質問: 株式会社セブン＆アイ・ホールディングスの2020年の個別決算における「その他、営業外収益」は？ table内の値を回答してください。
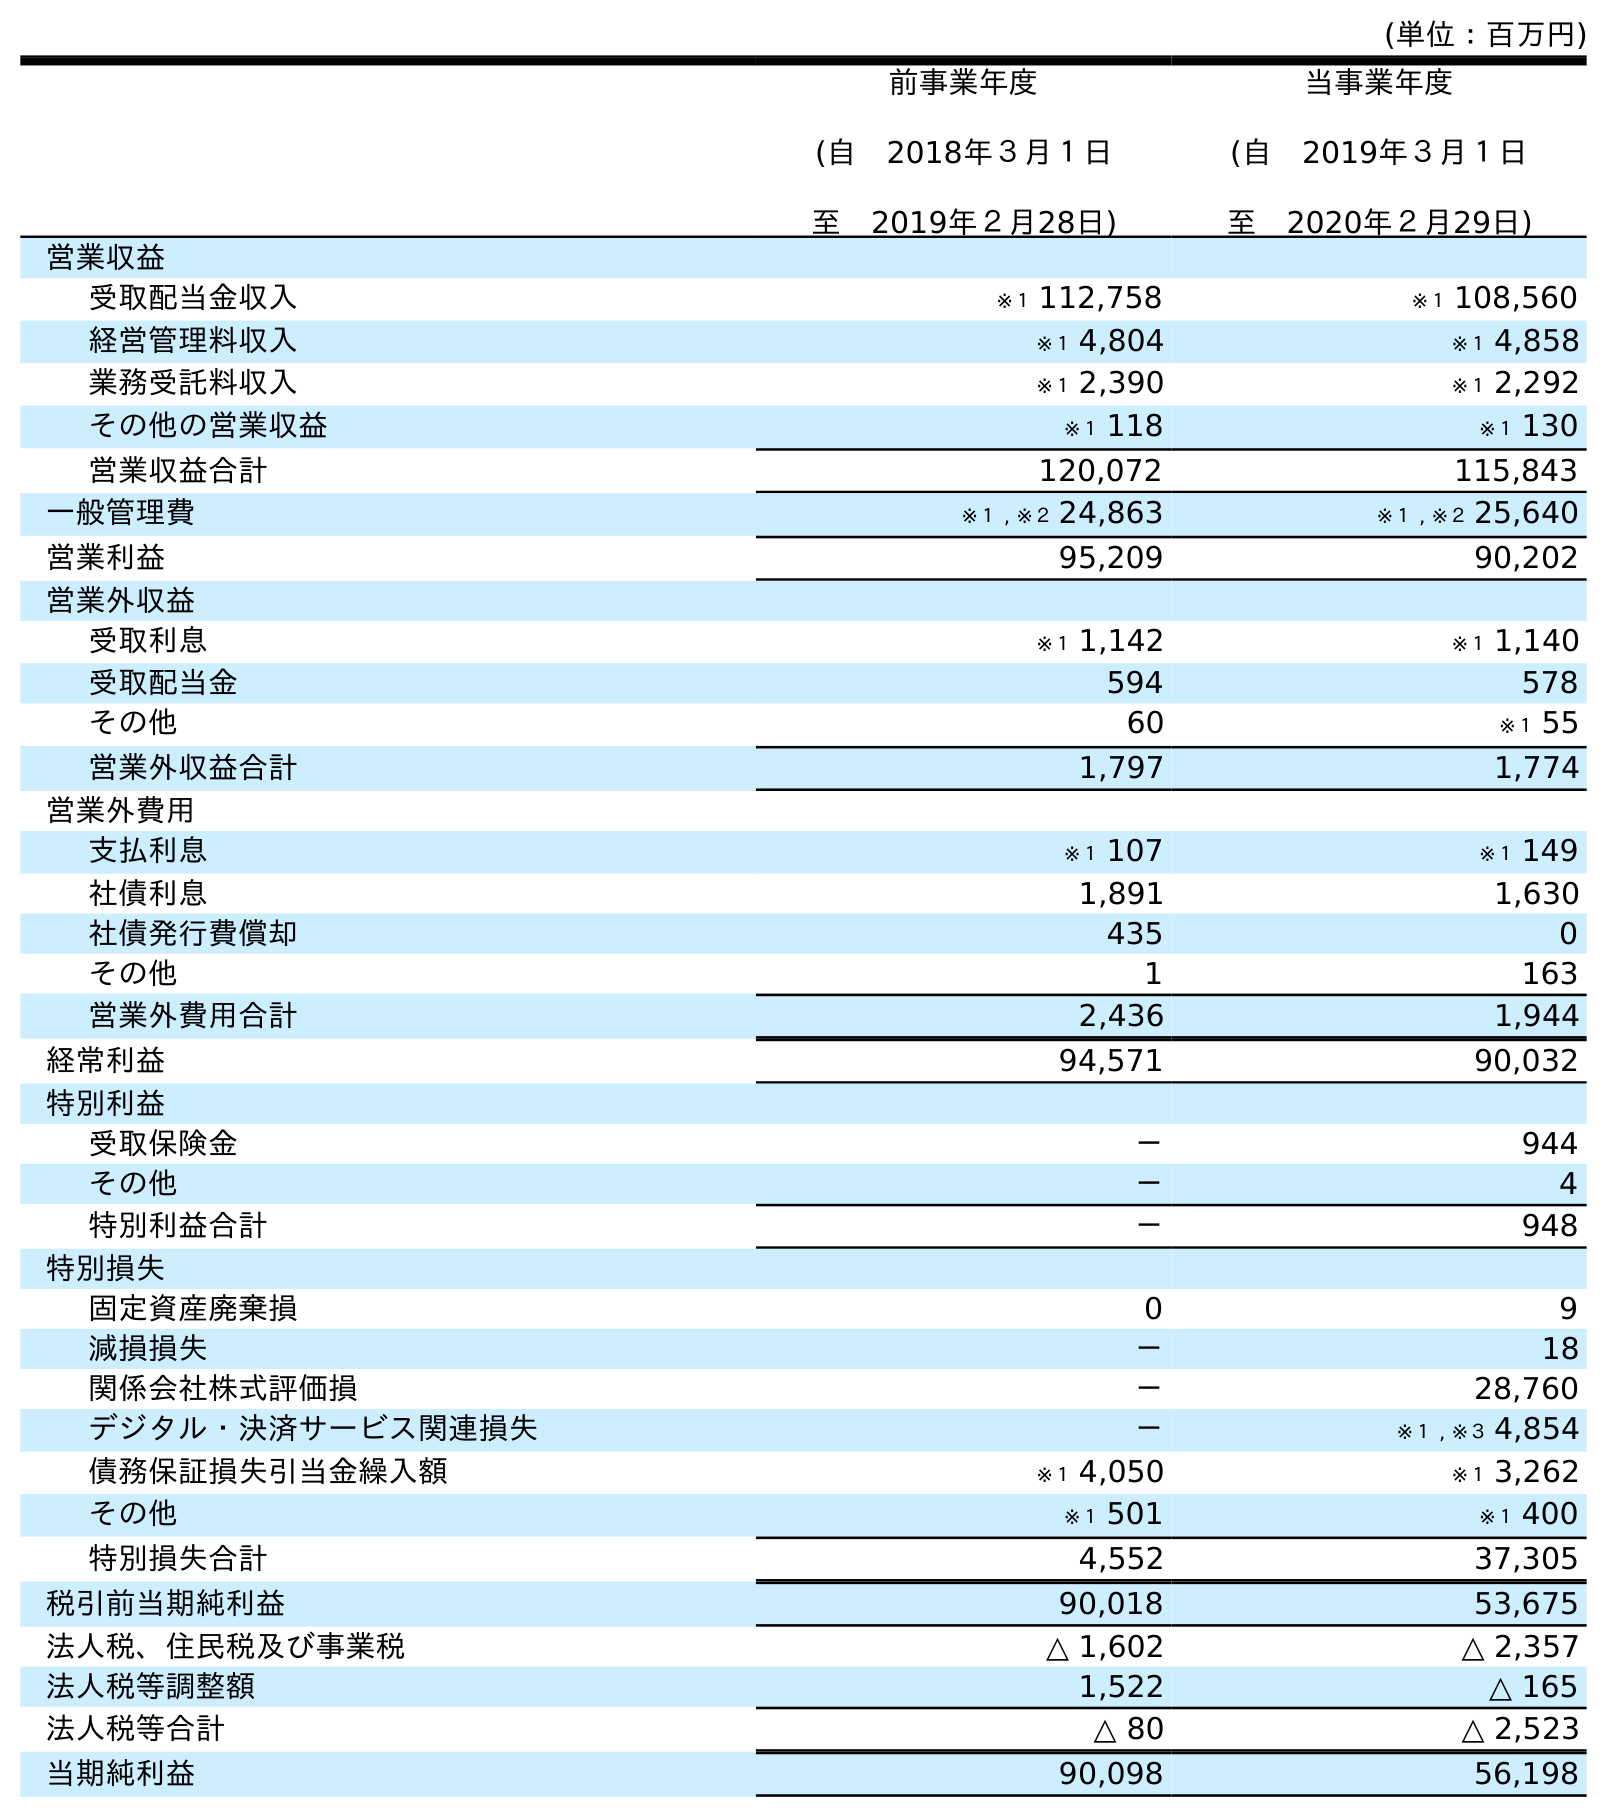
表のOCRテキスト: (単位：百万円) 前事業年度 (自 2018年３月１日 至 2019年２月28日) 当事業年度 (自 2019年３月１日 至 2020年２月29日) 営業収益 受取配当金収入 ※１ 112,758 ※１ 108,560 経営管理料収入 ※１ 4,804 ※１ 4,858 業務受託料収入 ※１ 2,390 ※１ 2,292 その他の営業収益 ※１ 118 ※１ 130 営業収益合計 120,072 115,843 一般管理費 ※１ , ※２ 24,863 ※１ , ※２ 25,640 営業利益 95,209 90,202 営業外収益 受取利息 ※１ 1,142 ※１ 1,140 受取配当金 594 578 その他 60 ※１ 55 営業外収益合計 1,797 1,774 営業外費用 支払利息 ※１ 107 ※１ 149 社債利息 1,891 1,630 社債発行費償却 435 0 その他 1 163 営業外費用合計 2,436 1,944 経常利益 94,571 90,032 特別利益 受取保険金 － 944 その他 － 4 特別利益合計 － 948 特別損失 固定資産廃棄損 0 9 減損損失 － 18 関係会社株式評価損 － 28,760 デジタル・決済サービス関連損失 － ※１ , ※３ 4,854 債務保証損失引当金繰入額 ※１ 4,050 ※１ 3,262 その他 ※１ 501 ※１ 400 特別損失合計 4,552 37,305 税引前当期純利益 90,018 53,675 法人税、住民税及び事業税 △ 1,602 △ 2,357 法人税等調整額 1,522 △ 165 法人税等合計 △ 80 △ 2,523 当期純利益 90,098 56,198
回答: ※１55